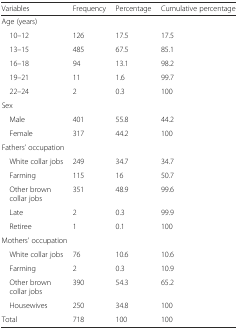
<table><thead><tr><td><b>Variables</b></td><td><b>Frequency</b></td><td><b>Percentage</b></td><td><b>Cumulative percentage</b></td></tr></thead><tbody><tr><td colspan="4">Age (years)</td></tr><tr><td> 10–12</td><td>126</td><td>17.5</td><td>17.5</td></tr><tr><td> 13–15</td><td>485</td><td>67.5</td><td>85.1</td></tr><tr><td> 16–18</td><td>94</td><td>13.1</td><td>98.2</td></tr><tr><td> 19–21</td><td>11</td><td>1.6</td><td>99.7</td></tr><tr><td> 22–24</td><td>2</td><td>0.3</td><td>100</td></tr><tr><td colspan="4">Sex</td></tr><tr><td> Male</td><td>401</td><td>55.8</td><td>44.2</td></tr><tr><td> Female</td><td>317</td><td>44.2</td><td>100</td></tr><tr><td colspan="4">Fathers’ occupation</td></tr><tr><td> White collar jobs</td><td>249</td><td>34.7</td><td>34.7</td></tr><tr><td> Farming</td><td>115</td><td>16</td><td>50.7</td></tr><tr><td> Other brown collar jobs</td><td>351</td><td>48.9</td><td>99.6</td></tr><tr><td> Late</td><td>2</td><td>0.3</td><td>99.9</td></tr><tr><td> Retiree</td><td>1</td><td>0.1</td><td>100</td></tr><tr><td colspan="4">Mothers’ occupation</td></tr><tr><td> White collar jobs</td><td>76</td><td>10.6</td><td>10.6</td></tr><tr><td> Farming</td><td>2</td><td>0.3</td><td>10.9</td></tr><tr><td> Other brown collar jobs</td><td>390</td><td>54.3</td><td>65.2</td></tr><tr><td> Housewives</td><td>250</td><td>34.8</td><td>100</td></tr><tr><td>Total</td><td>718</td><td>100</td><td>100</td></tr></tbody></table>